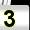
Digit: 3